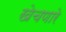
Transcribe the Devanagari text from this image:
खेचणारे